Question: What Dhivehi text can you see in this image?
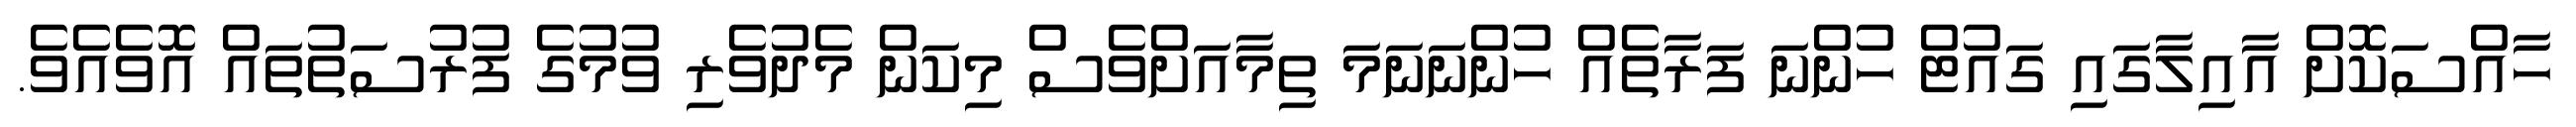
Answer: ހާއްސަކޮށް އާއިލާގައި ގައުޓް ހުންނަ ފަރާތެއް ހުންނަނަމަ ތިމާއަށްވެސް މިކަން މެދުވެރި ވުމުގެ ފުރުސަތުތައް އޮވެއެވެ.